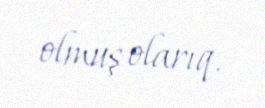
olmuş olarıq.